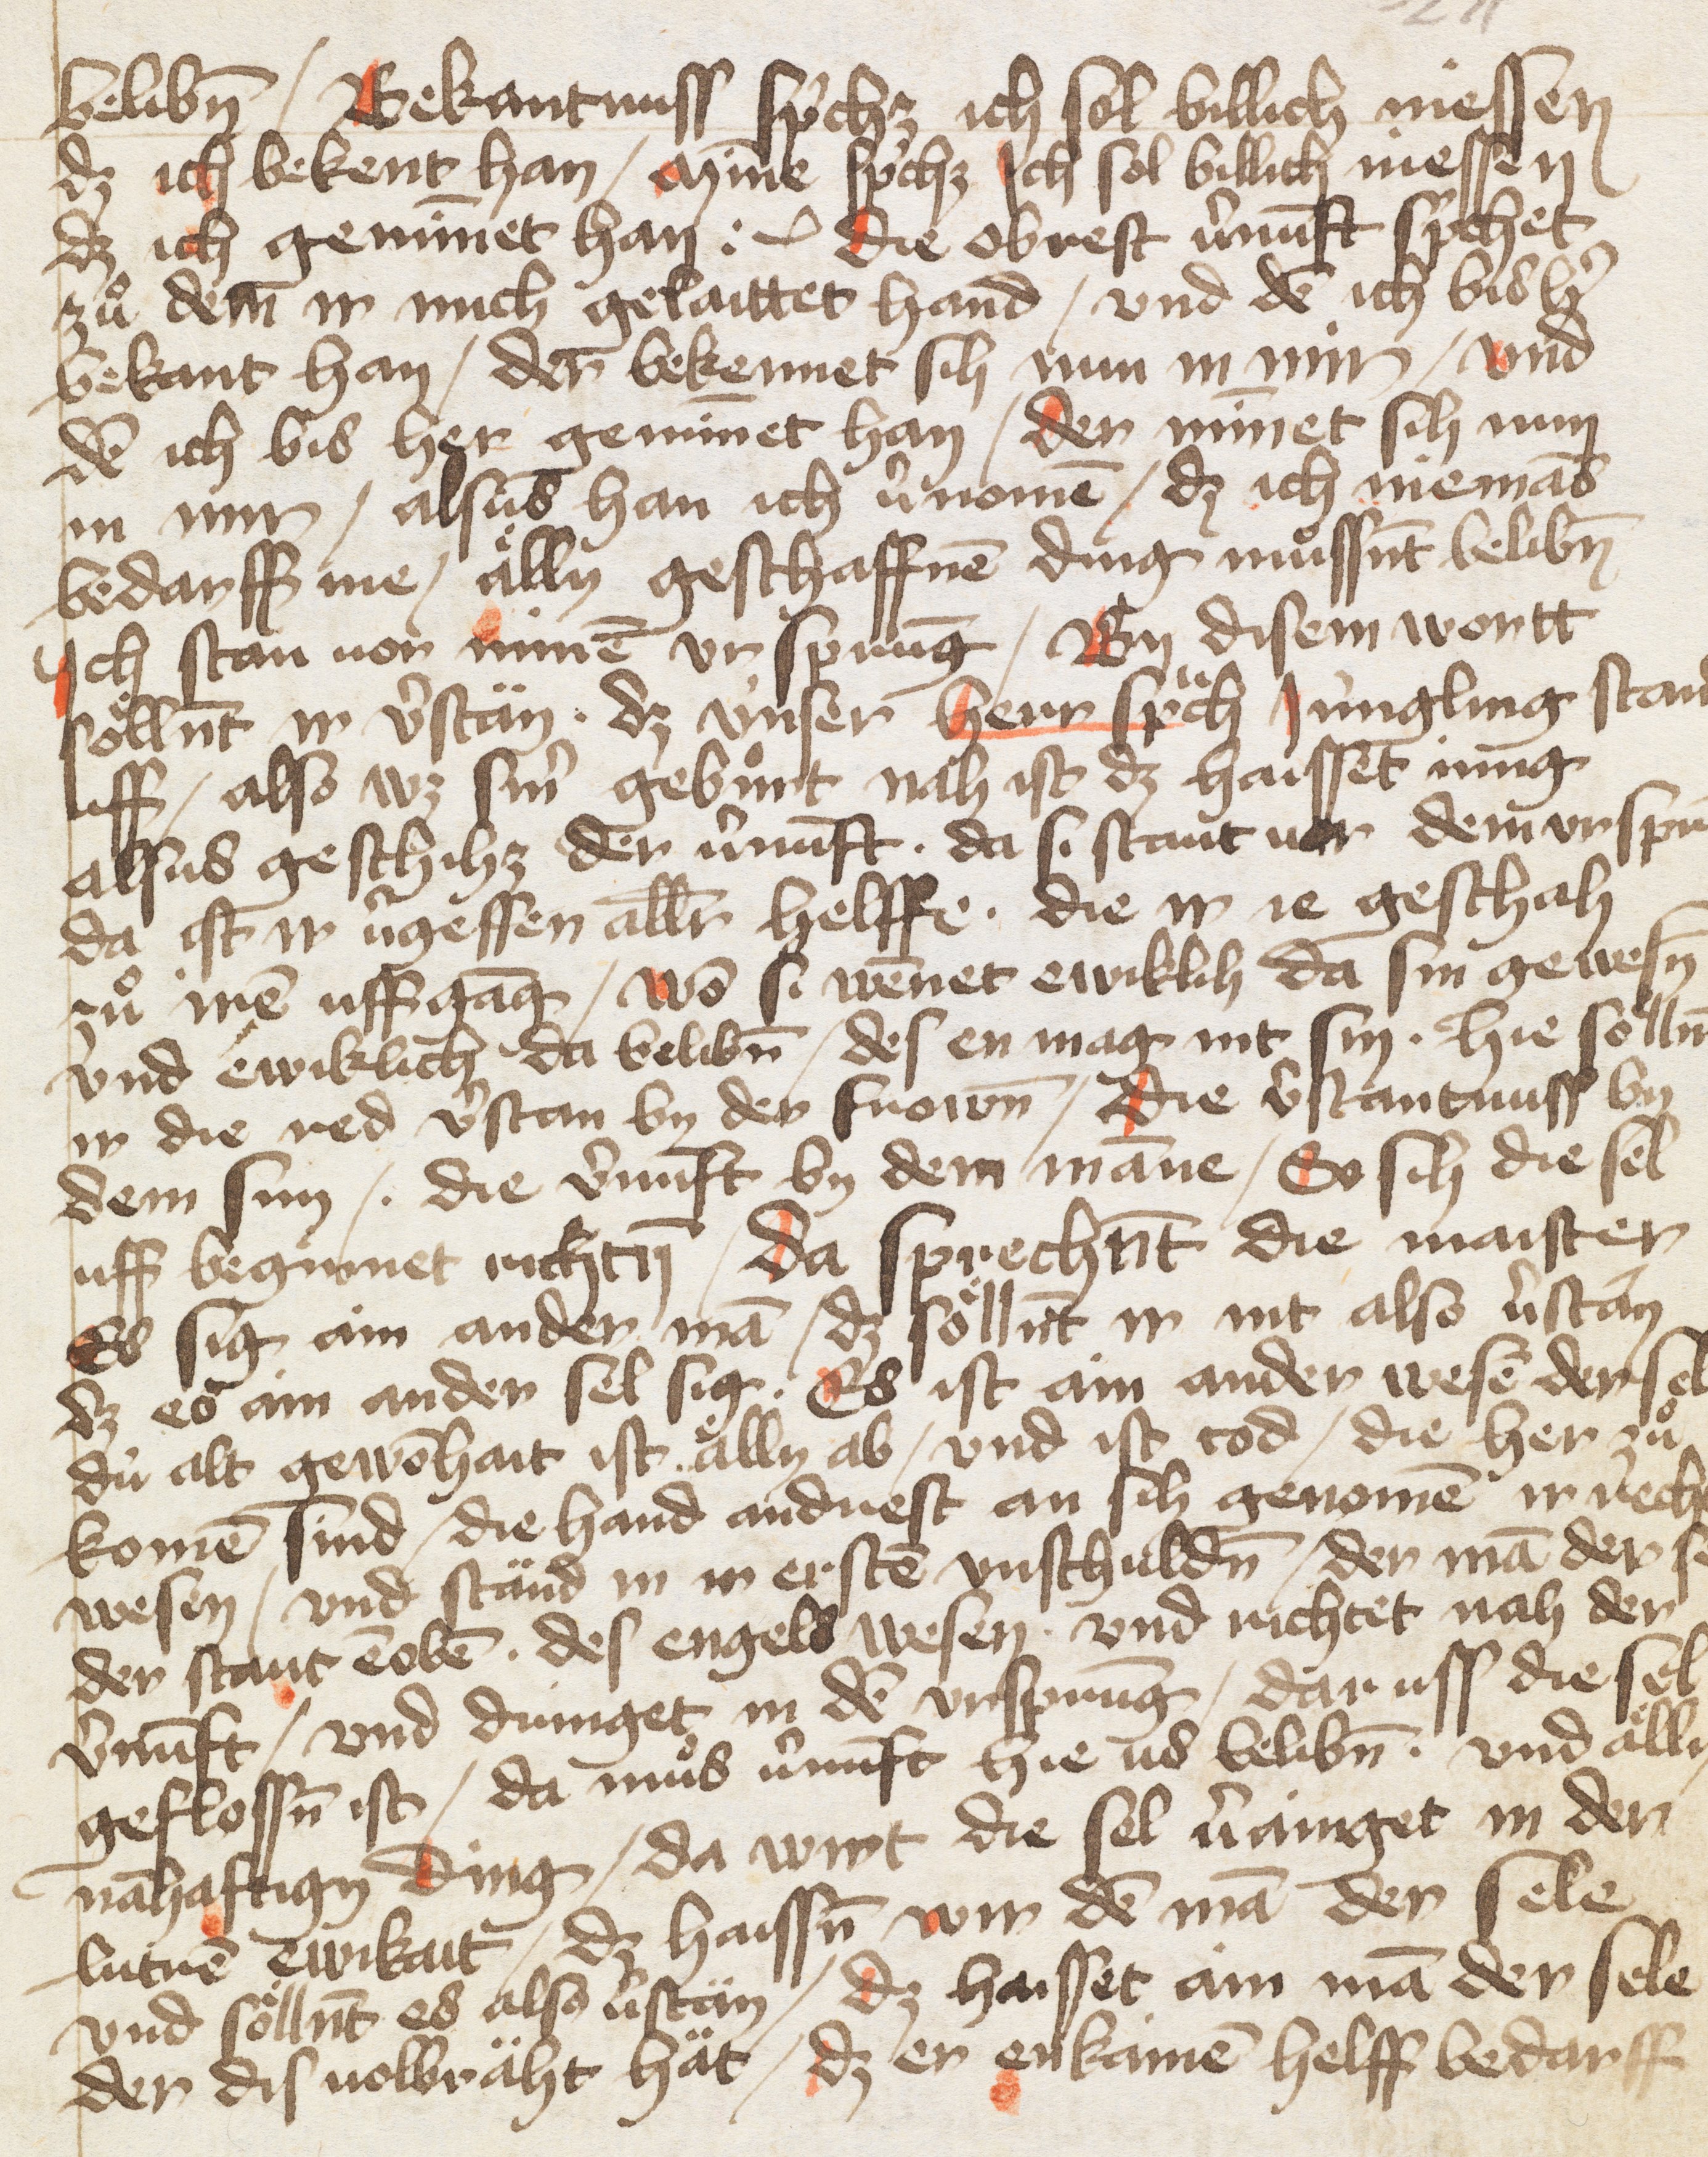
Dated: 1400–1499